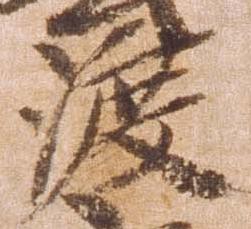
渡